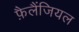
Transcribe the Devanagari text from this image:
फ़ैलैंजियल